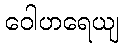
ဝေါဟရေယျ